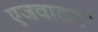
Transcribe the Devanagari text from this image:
एजवाटर